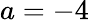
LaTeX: a=-4